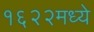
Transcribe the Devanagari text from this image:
१६२२मध्ये